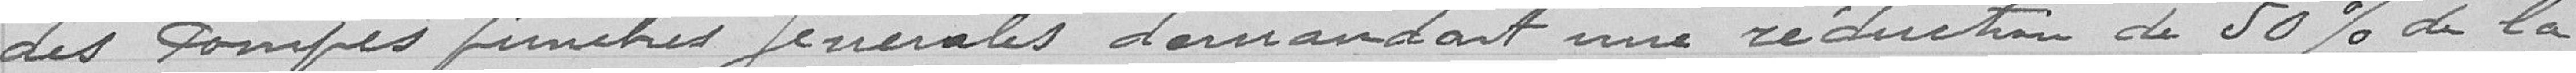
des pompes funèbres générales demandait une réduction de 50% de la